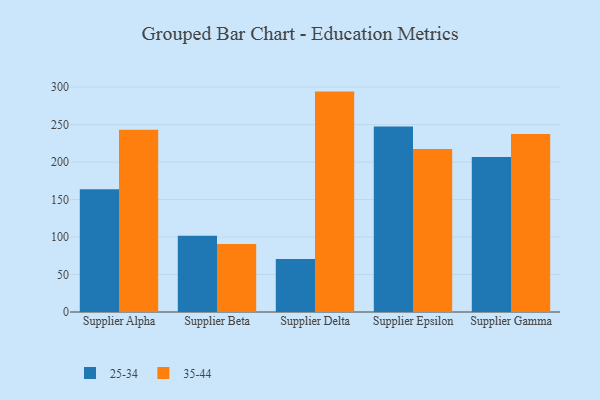
{"axis": {"x": "Supplier", "y": "Customer Acquisition Cost (USD)"}, "legend": ["25-34", "35-44"], "data": [{"x": "Supplier Alpha", "y": 163.7, "type": "25-34"}, {"x": "Supplier Alpha", "y": 243.1, "type": "35-44"}, {"x": "Supplier Beta", "y": 101.8, "type": "25-34"}, {"x": "Supplier Beta", "y": 90.8, "type": "35-44"}, {"x": "Supplier Delta", "y": 70.6, "type": "25-34"}, {"x": "Supplier Delta", "y": 294.0, "type": "35-44"}, {"x": "Supplier Epsilon", "y": 247.5, "type": "25-34"}, {"x": "Supplier Epsilon", "y": 217.4, "type": "35-44"}, {"x": "Supplier Gamma", "y": 206.6, "type": "25-34"}, {"x": "Supplier Gamma", "y": 237.5, "type": "35-44"}]}